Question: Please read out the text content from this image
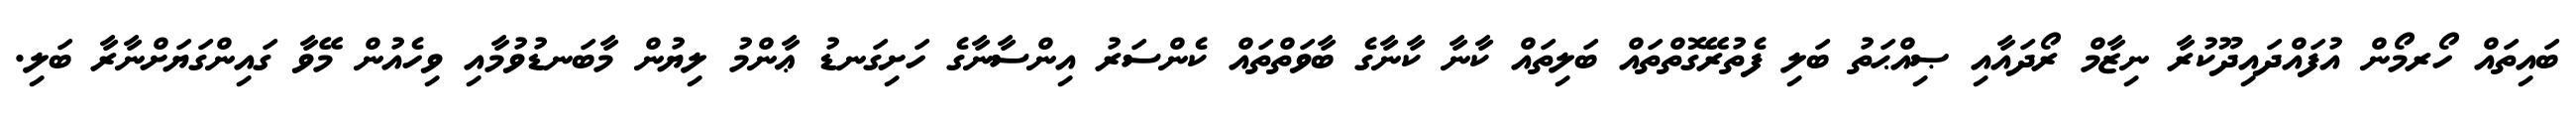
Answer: ބައިތައް ހޯރމޯން އުފައްދައިދޫކުރާ ނިޒާމް ރޯދައާއި ޞިއްޙަތު ބަލި ފެތުރޭގޮތްތައް ބަލިތައް ކާނާ ކާނާގެ ބާވަތްތައް ކެންސަރު އިންސާނާގެ ހަށިގަނޑު ޢާންމު ލިޔުން މާބަނޑުވުމާއި ވިހެއުން މޭވާ ގައިންގަޔަށްނާރާ ބަލި.